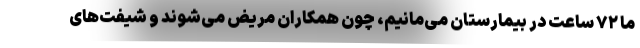
ما ۷۲ ساعت در بیمارستان می‌مانیم، چون همکاران مریض می‌شوند و شیفت‌های